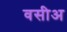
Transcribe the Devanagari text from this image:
वसीअ